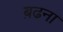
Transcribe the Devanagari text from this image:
ब़ढना